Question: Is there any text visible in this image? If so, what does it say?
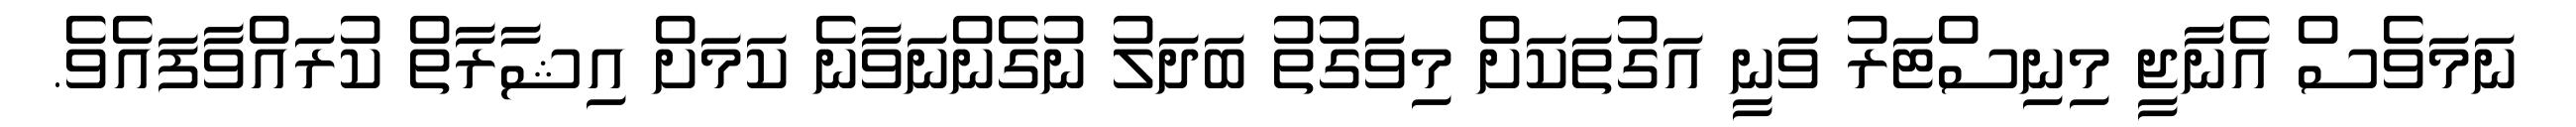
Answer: ނަމަވެސް އެނާޖީ މިނިސްޓަރު ވަނީ އަގުތަކަށް މިވަގުތު ބަދަލު ނުގެންނަވާނެ ކަމަށް އިޝާރާތް ކުރައްވާފައެވެ.